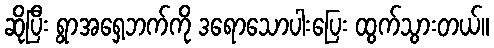
ဆိုပြီး ရွာအရှေ့ဘက်ကို ဒရောသောပါးပြေး ထွက်သွားတယ်။